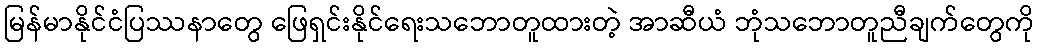
မြန်မာနိုင်ငံပြဿနာတွေ ဖြေရှင်းနိုင်ရေးသဘောတူထားတဲ့ အာဆီယံ ဘုံသဘောတူညီချက်တွေကို